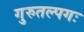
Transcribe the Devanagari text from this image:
गुरुतल्पगः